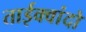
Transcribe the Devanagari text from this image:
ताईक्वांदो